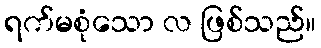
ရက်မစုံသော လ ဖြစ်သည်။